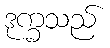
ဒုက္ခသည်